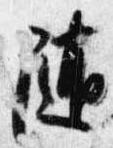
随